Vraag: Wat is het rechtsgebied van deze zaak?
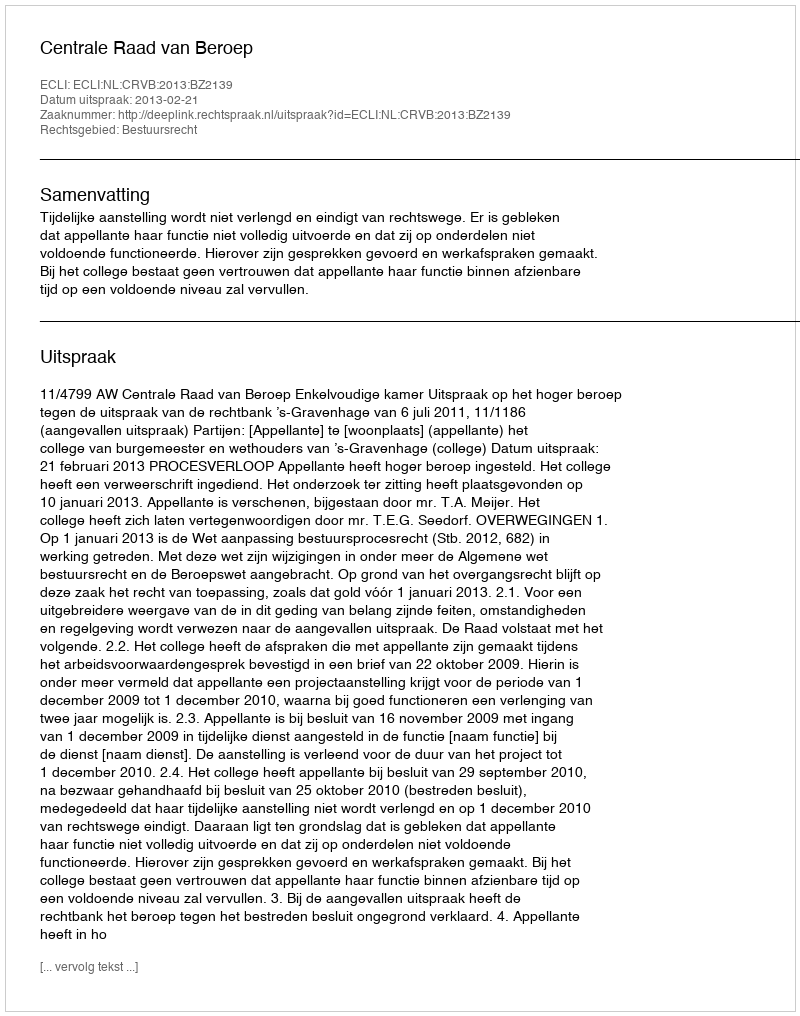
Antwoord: Bestuursrecht